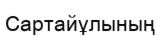
Сартайұлының